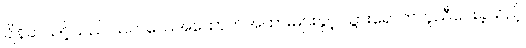
ချိန်ဆသင့်သည် သက်သေအထောက်အထားများနှင့် သွားရောက်ကူညီပေးခဲ့သည့်